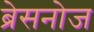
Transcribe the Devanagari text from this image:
ब्रेसनोज